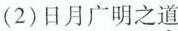
(2)日月广明之\underset{·}{道}